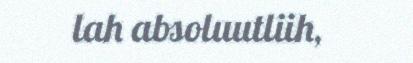
lah absoluutliih,